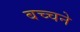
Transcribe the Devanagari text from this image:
बच्चने